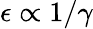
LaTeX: \epsilon\propto 1/\gamma